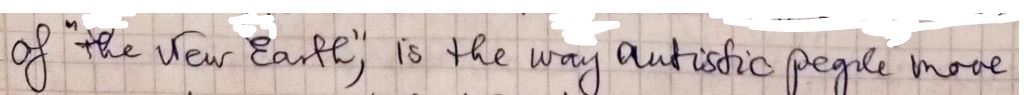
of " the New Earth ",is the way autistic people more